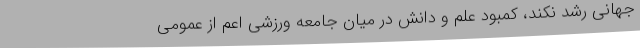
جهانی رشد نکند، کمبود علم و دانش در میان جامعه ورزشی اعم از عمومی